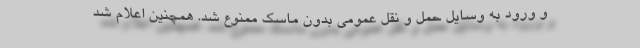
و ورود به وسایل حمل و نقل عمومی بدون ماسک ممنوع شد. همچنین اعلام شد